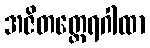
အဇိတတ္ထေရဂါထာ